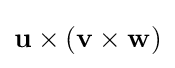
\mathbf {u} \times (\mathbf {v} \times \mathbf {w} )